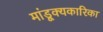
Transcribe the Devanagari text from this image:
मांडूक्यकारिका